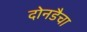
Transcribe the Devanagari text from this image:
दोनडैचा